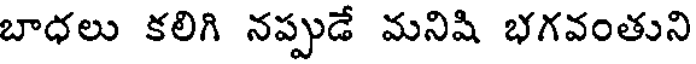
బాధలు కలిగి నప్పుడే మనిషి భగవంతుని